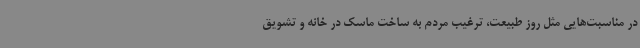
در مناسبت‌هایی مثل روز طبیعت، ترغیب مردم به ساخت ماسک در خانه و تشویق